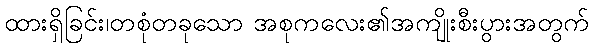
ထားရှိခြင်း၊တစုံတခုသော အစုကလေး၏အကျိုးစီးပွားအတွက်